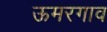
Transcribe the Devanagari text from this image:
ऊमरगाव